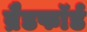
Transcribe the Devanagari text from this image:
ब्रैडफाॅर्ड